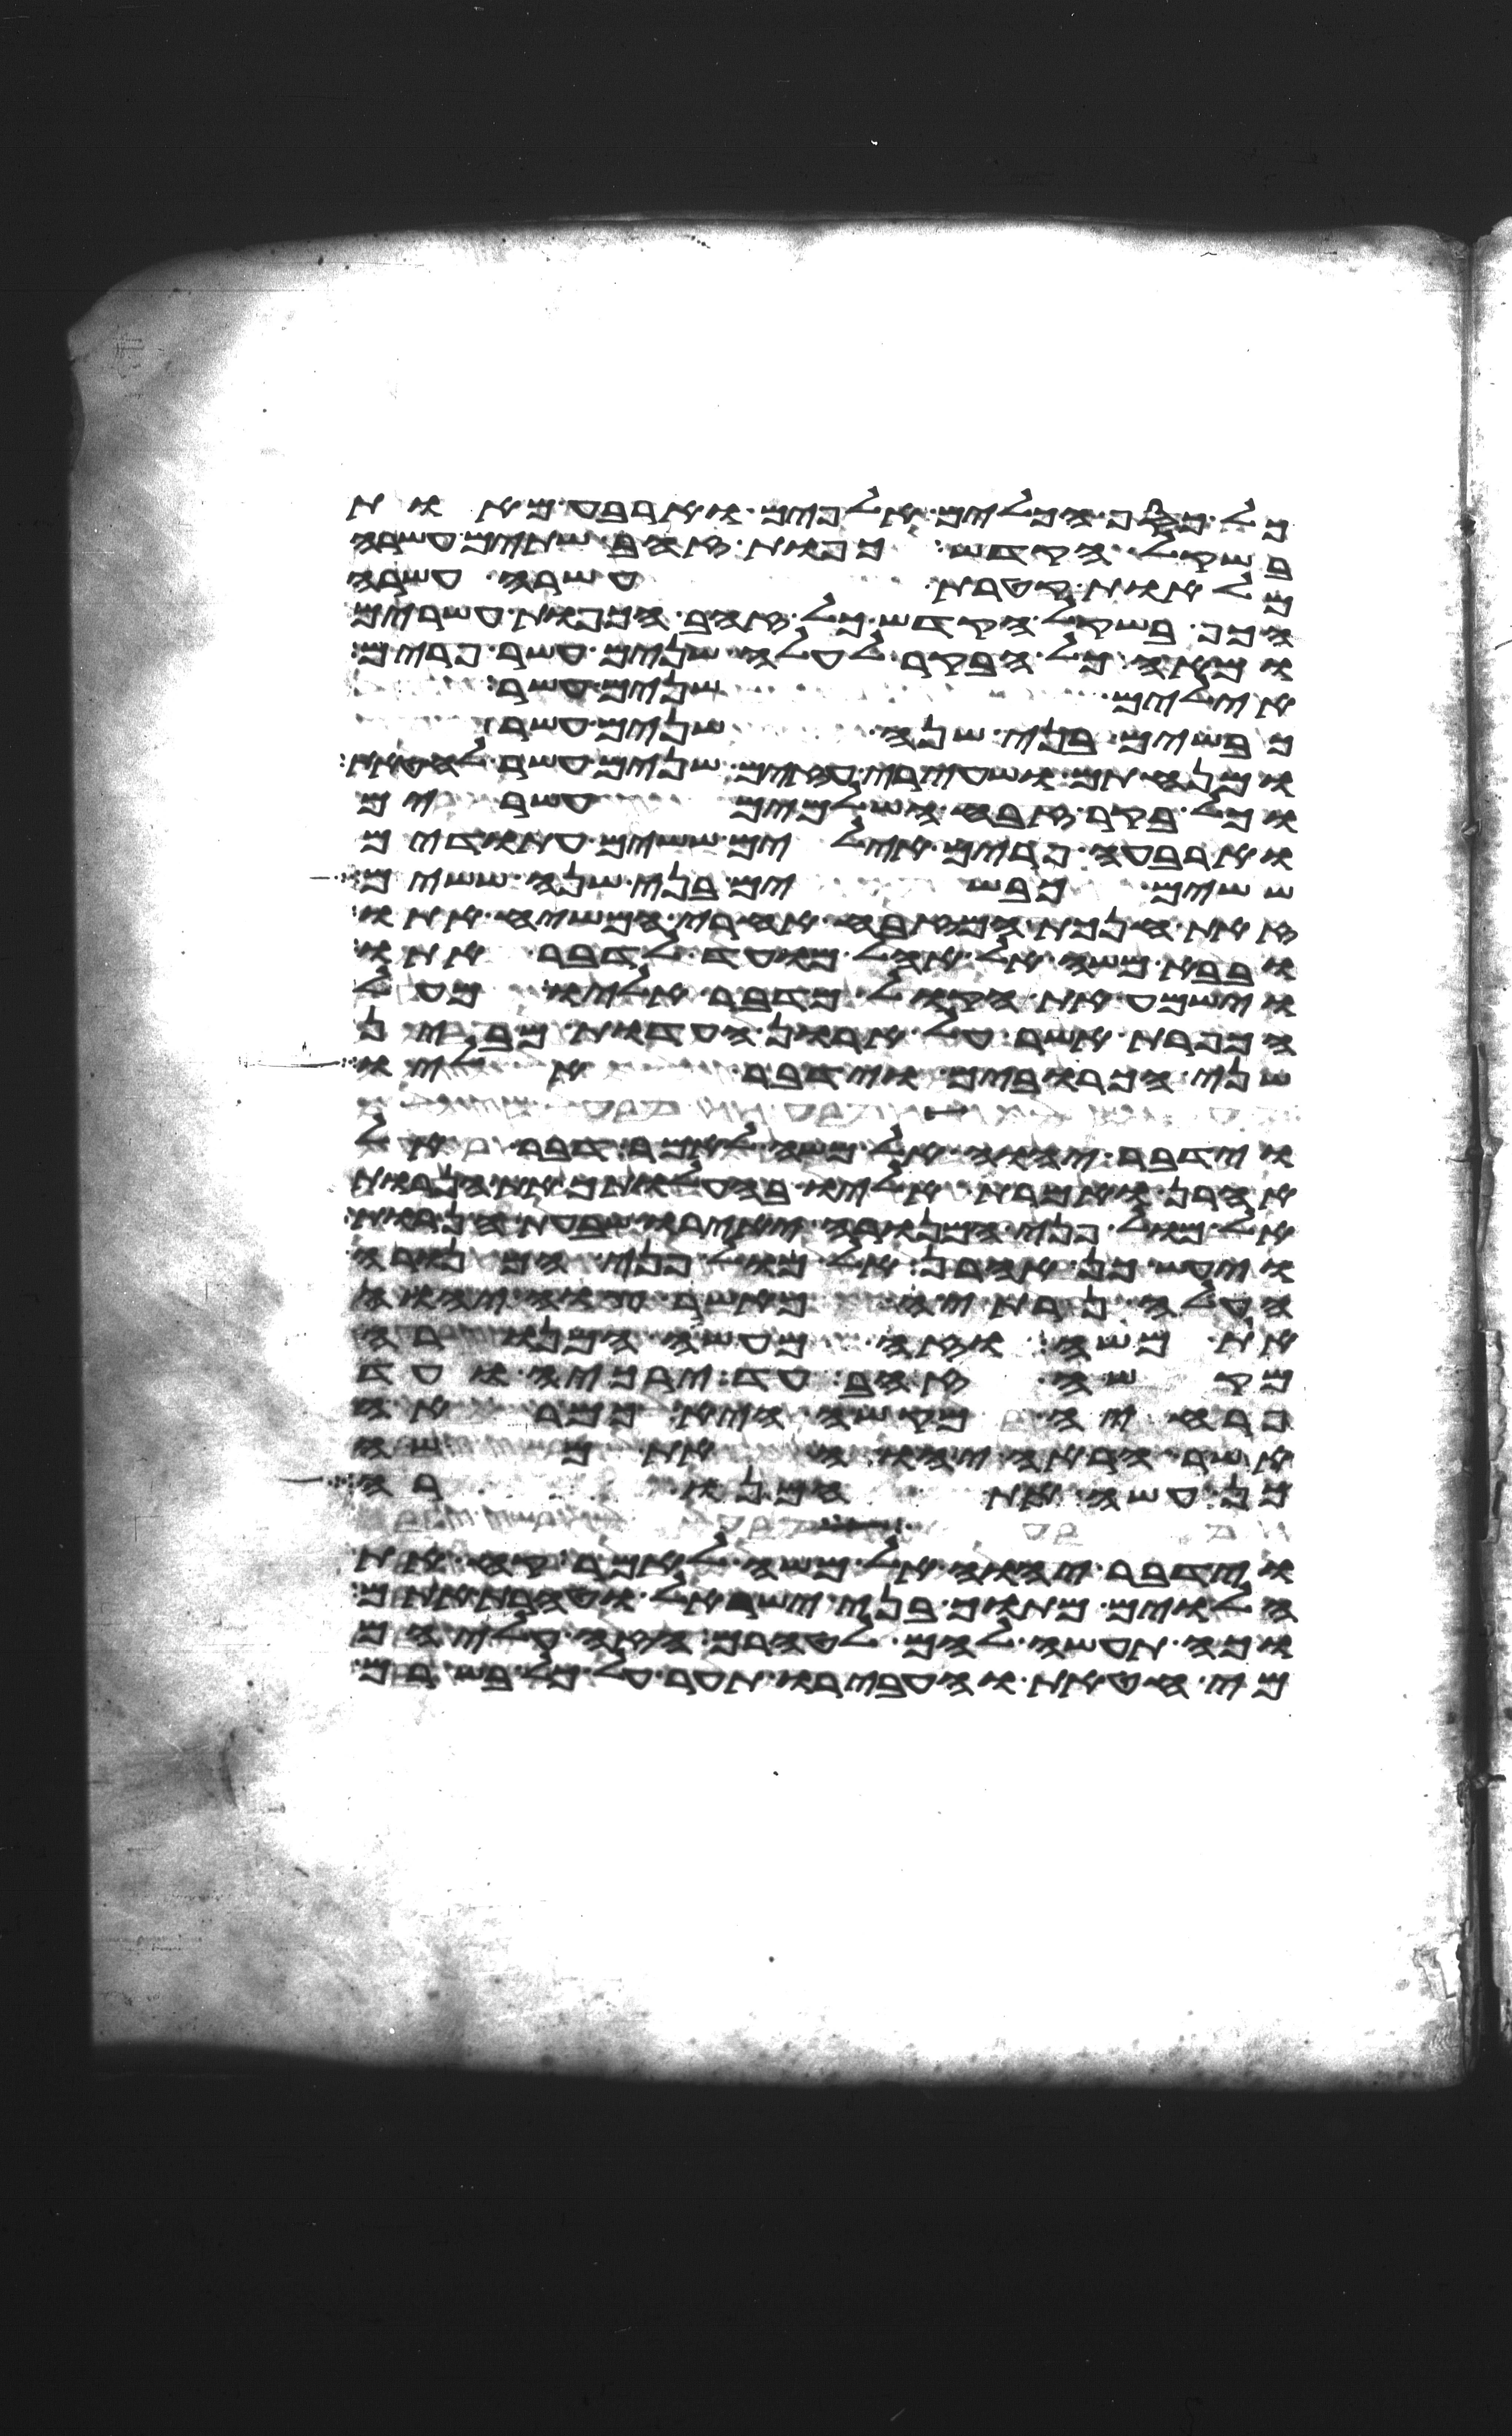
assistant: כל כסף הכלים אלפים וארבע מאות
בשקל הקדש כפות זהב שתים עשרה
מלאות קטרת עשרה עשרה
הכף בשקל הקדש כל זהב הכפות עשרים
ומאה כל הבקר לעלה שנים עשר פרים
אילים שנים עשר
כבשים בני שנה שנים עשר
ומנחתם ושעירי עזים שנים עשר לחטאת
וכל בקר זבח השלמים עשרים
וארבעה פרים אילים ששים עתודים
ששים כבשים בני שנה ששים
זאת חנכת המזבח אחרי המשח אתו
ובבא משה אל אהל מועד לדבר אתו
וישמע את הקול מדבר אליו מעל
הכפרת אשר על ארון העדות מבין
שני הכרובים וידבר אליו
וידבר יהוה אל משה לאמר דבר אל
אהרן ואמרת אליו בהעלותך את הנרות
אל מול פני המנורה יאירו שבעת הנרות
ויעש כן אהרן אל מול פני המנורה
העלה נרתיה כאשר צוה יהוה
את משה וזה מעשה המנורה
מקשה זהב עד ירכיה ועד
פרחיה מקשה היא כמראה
אשר הראה יהוה את משה
כן עשה את המנורה
וידבר יהוה אל משה לאמר קח את
הלוים מתוך בני ישראל וטהרת אתם
וכה תעשה להם לטהרם הזי עליהם
מי חטאת והעבירו תער על כל בשרם